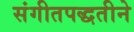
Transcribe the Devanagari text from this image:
संगीतपद्धतीने